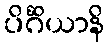
ပိင်္ဂိယာနိ